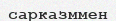
сарказммен